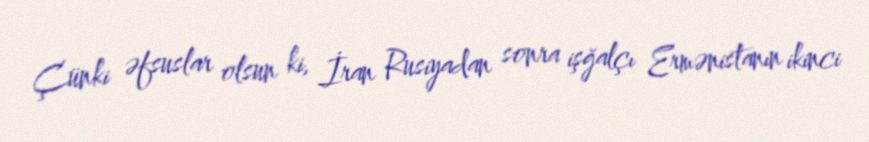
Çünki əfsuslar olsun ki, İran Rusiyadan sonra işğalçı Ermənistanın ikinci